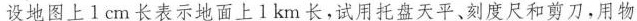
设地图上1cm长表示地面上1km长，试用托盘天平、刻度尺和剪刀，用物